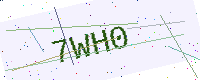
Text: 7WH0